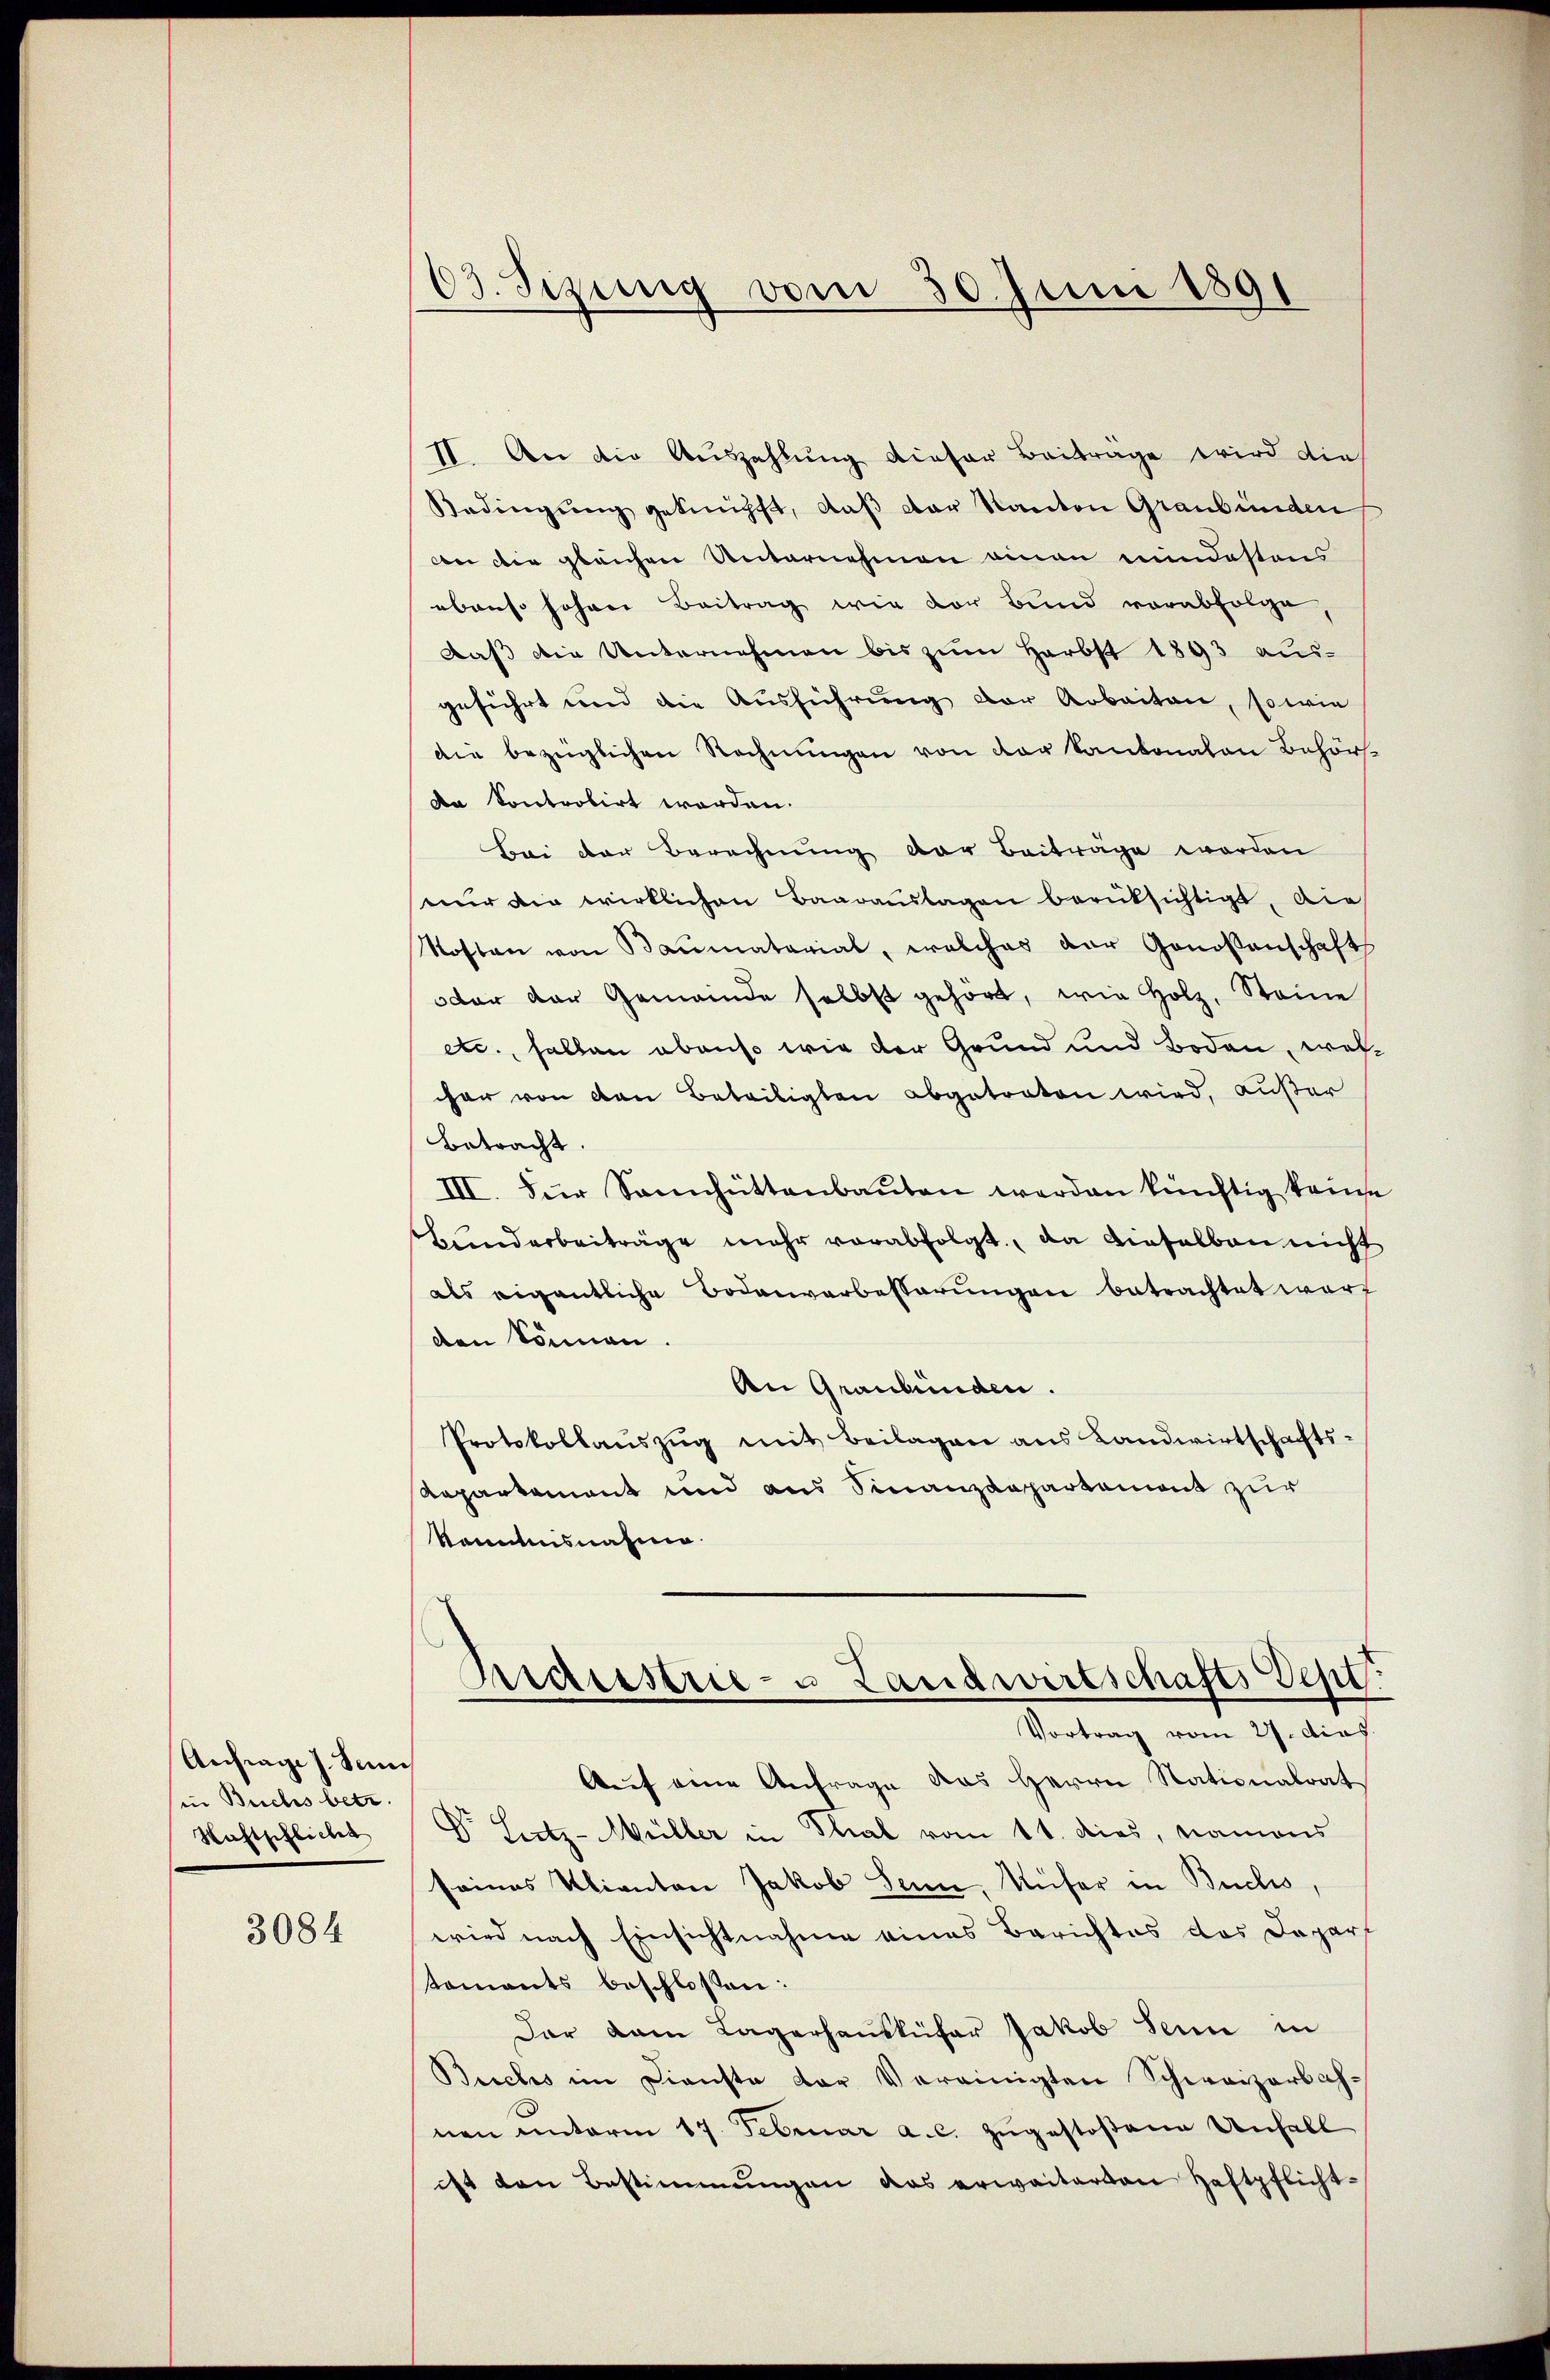
Anfrages Sani
in Buchs betr.
Wahtschlichet

3084

63. Sizung vom 30. Juni 1891

II. An die Auszahlung dieser Beiträge wird die
Bedingŭng geknüpft, daβ der Kanton Graubünden
An die gleichen Unternehmen einen mindestens
ebenso hohen Beitrag wie vor Bund vorabfolge
Daβ die Unternehmen bis zŭm Herbst 1893 aus-
geführt und die Ausführung der Arbeiten, sowie
die bezüglichen Rechnungen von der kantonalen Behör¬
Da kontrobirt worden.
Bei der Berechnung der Beiträge worden
nur die wirklichen Baarauslagen berüksichtigt, die
Nosten von Baumaterial, welches der Genossenschafts
oder der Gemeinde selbst gehört, wie Holz, Steine
etc., hallen obenso wie der Grund und Boden, welcher von den Beteiligten abgetraten wird, außer
Betracht.
III. Der Sennhüttenbauten werden künftig kame
Bunderbeiträge mehr verabfolgt, da dieselben nicht
als eigentliche Bodenverbesserungen betrachtet worden können.
An Graubünden.
Protokollauszug mit Beilagen aus Landwirtschafts-
Repartament und aus Sinanzdepartament zur
kanntnisnahme.

Auf eine Anfrage das Herrn Nationalrat
Dr. Sitz-Müller in Thal vom 11. dies, Namens
seines Klianton Jakob Senn. Unser in Buchs,
wird nach Einsichtnahme eines Berichtes das Depart
tomants beschlossen:
Dar dam Lagerhausküfer Jakob Sein in
Buchs im Dienste der Vereinigten Schweizerbahnen unterm 17. Februar a. c. zugestoßene Unfall
ist den Bestimmungen das erweiterten Haftpflicht-

Industrie- u Landwirtschafts Sept.
Vortrag vom 27. dies